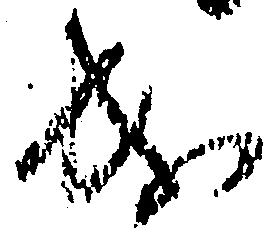
成